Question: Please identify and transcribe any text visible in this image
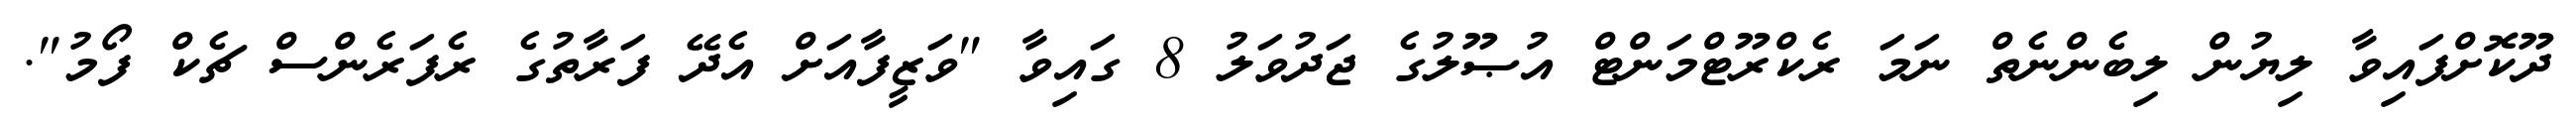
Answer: ދޫކޮށްފައިވާ ލިޔުން ލިބެންނެތް ނަމަ ރެކްރޫޓްމަންޓް އުޞޫލުގެ ޖަދުވަލު 8 ގައިވާ "ވަޒީފާއަށް އެދޭ ފަރާތުގެ ރެފަރެންސް ޗެކް ފޯމު".